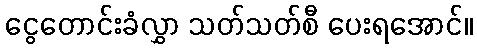
ငွေတောင်းခံလွှာ သတ်သတ်စီ ပေးရအောင်။